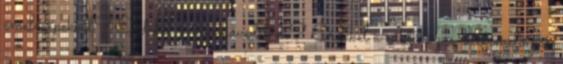
emelőgépekkel? Érdekel a munkavédelem? Érdekel a raktározás, a termelőipar